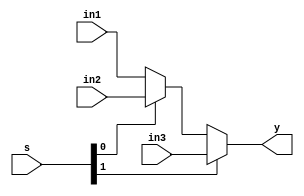
`timescale 1ns/1ps
module mux3_1(input [31:0] in1,in2,in3, input [1:0] s, output  [31:0] y);

assign y = s[1] ? in3 : (s[0] ? in2 :in1);

endmodule